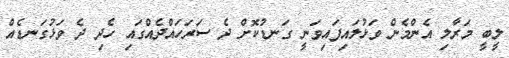
ލީބީ މަރާލި އެންމެން ވަޅުލައިފައިވަނީ ގަނޑުކޮށް ދެ ސަރަހައްދެއްގައި ހެދި ދެ ވަޅުގަނޑެއް